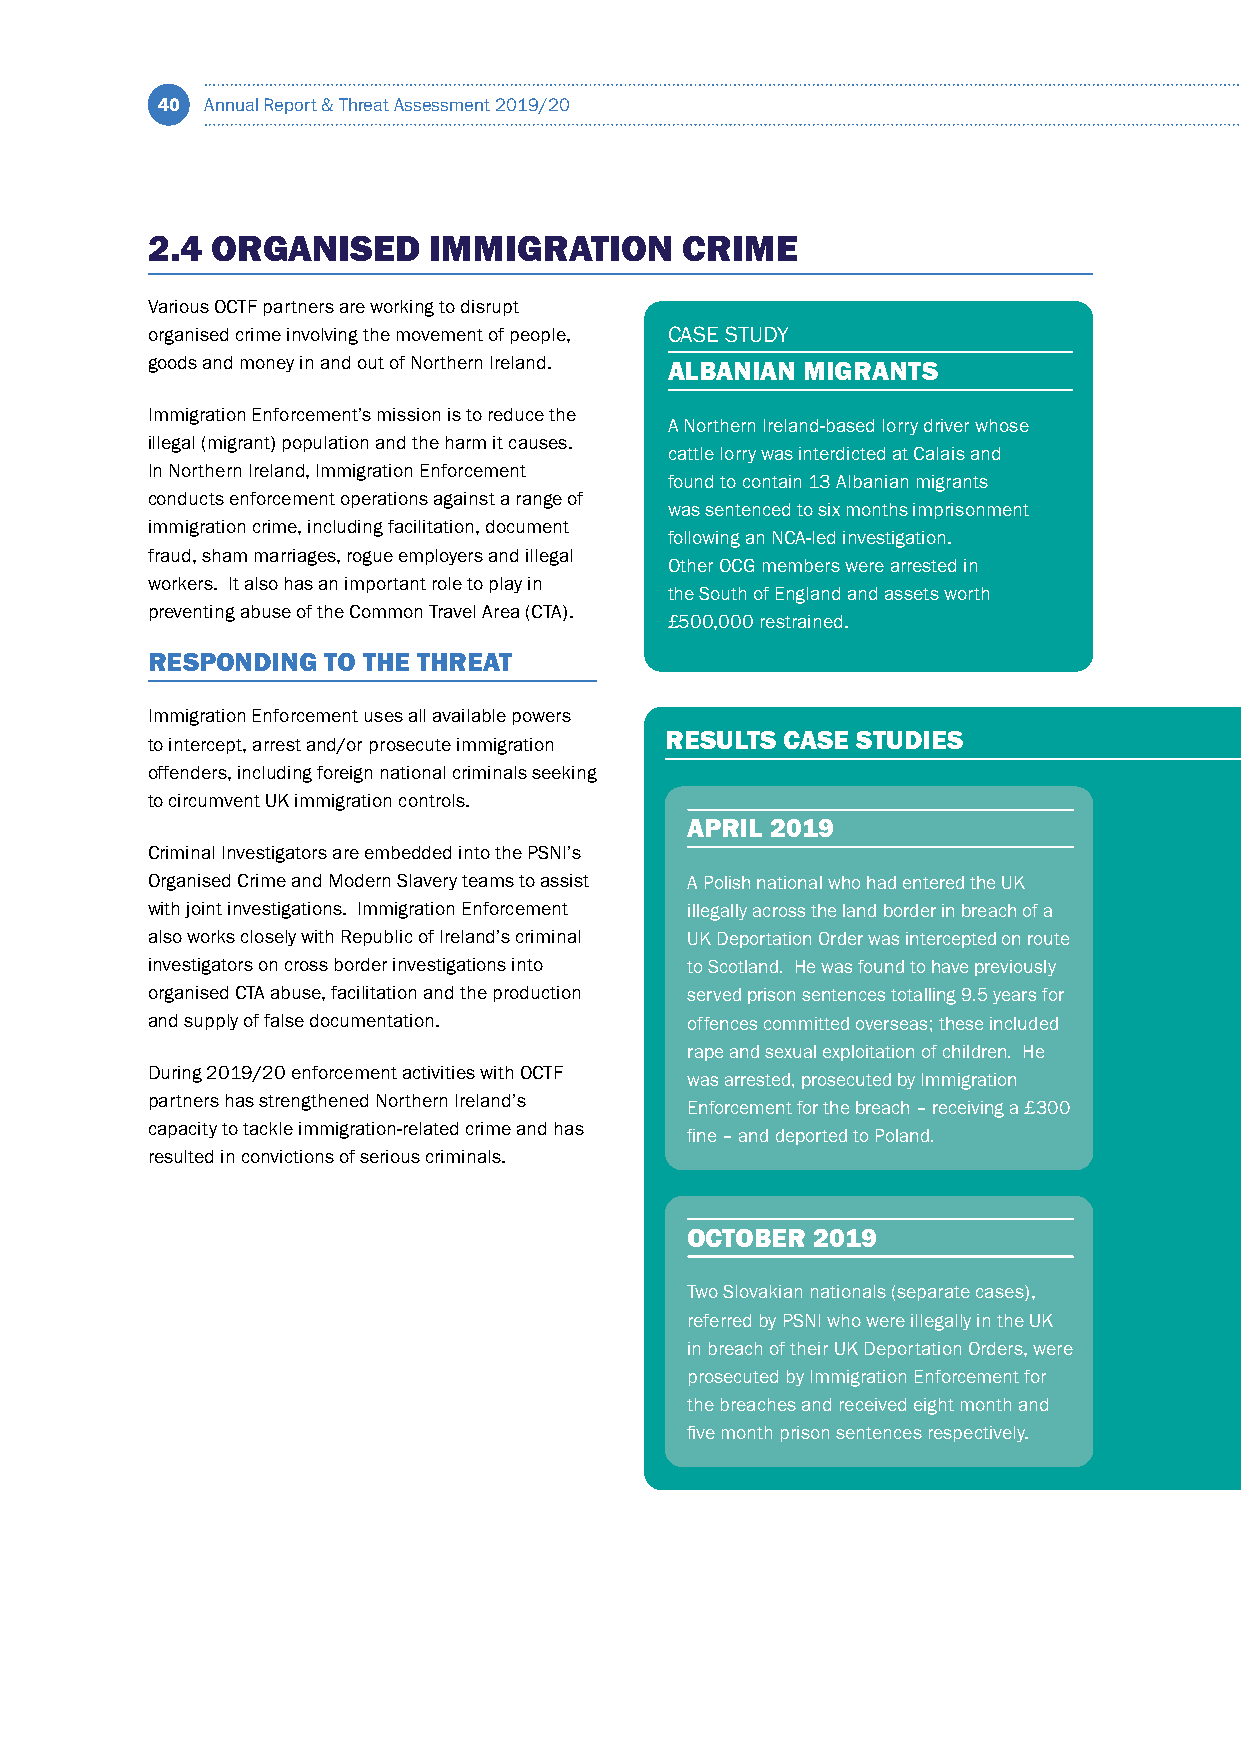
40  Annual Report & Threat Assessment 2019/20
 2.4 ORGANISED     IMMIGRATION      CRIME
 Various OCTF partners are working to disrupt
 organised crime involving the movement of people, CASE STUDY
 goods and money in and out of Northern Ireland. ALBANIAN MIGRANTS
 Immigration Enforcement’s mission is to reduce the
 A Northern Ireland-based lorry driver whose
 illegal (migrant) population and the harm it causes.
 cattle lorry was interdicted at Calais and
 In Northern Ireland, Immigration Enforcement
 found to contain 13 Albanian migrants
 conducts enforcement operations against a range of
 was sentenced to six months imprisonment
 immigration crime, including facilitation, document
 following an NCA-led investigation.
 fraud, sham marriages, rogue employers and illegal
 Other OCG members were arrested in
 workers. It also has an important role to play in
 the South of England and assets worth
 preventing abuse of the Common Travel Area (CTA).
 £500,000 restrained.
 RESPONDING  TO THE THREAT
 Immigration Enforcement uses all available powers
 RESULTS CASE STUDIES
 to intercept, arrest and/or prosecute immigration
 offenders, including foreign national criminals seeking
 to circumvent UK immigration controls.
 APRIL 2019
 Criminal Investigators are embedded into the PSNI’s
 Organised Crime and Modern Slavery teams to assist A Polish national who had entered the UK
 with joint investigations. Immigration Enforcement illegally across the land border in breach of a
 also works closely with Republic of Ireland’s criminal UK Deportation Order was intercepted on route
 investigators on cross border investigations into to Scotland. He was found to have previously
 organised CTA abuse, facilitation and the production served prison sentences totalling 9.5 years for
 and supply of false documentation. offences committed overseas; these included
 rape and sexual exploitation of children. He
 During 2019/20 enforcement activities with OCTF
 was arrested, prosecuted by Immigration
 partners has strengthened Northern Ireland’s
 Enforcement for the breach – receiving a £300
 capacity to tackle immigration-related crime and has
 fine – and deported to Poland.
 resulted in convictions of serious criminals.
 OCTOBER  2019
 Two Slovakian nationals (separate cases),
 referred by PSNI who were illegally in the UK
 in breach of their UK Deportation Orders, were
 prosecuted by Immigration Enforcement for
 the breaches and received eight month and
 five month prison sentences respectively.